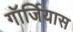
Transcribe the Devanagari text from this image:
गॉर्जियास